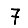
Digit: 7